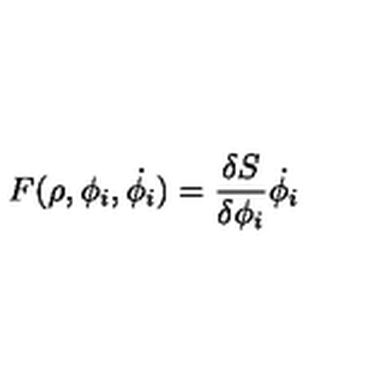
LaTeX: F ( \rho , \phi _ { i } , \dot { \phi _ { i } } ) = { \frac { \delta S } { \delta \phi _ { i } } } \dot { \phi _ { i } }